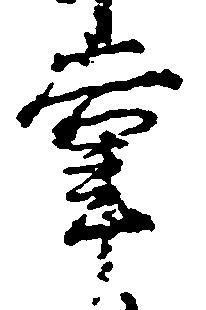
掌